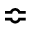
\Bumpeq